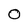
Character: O